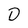
Character: D